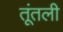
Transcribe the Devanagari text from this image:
तूंतली